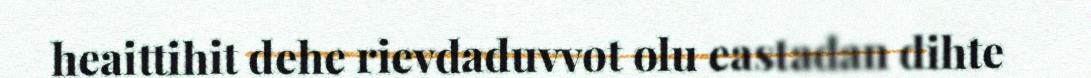
heaittihit dehe rievdaduvvot olu eastadan dihte